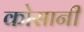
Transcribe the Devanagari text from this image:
कोसानी